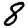
Digit: 8